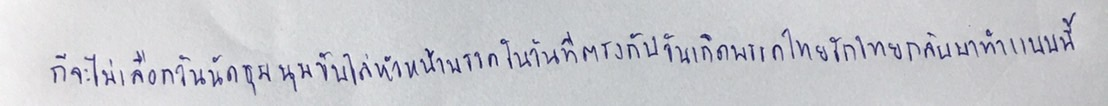
ก็จะไม่เลือกวันนัดชุมนุมขับไล่หัวหน้าพรรคในวันที่ตรงกับวันเกิดพรรคไทยรักไทยกลับมาทำแบบนี้